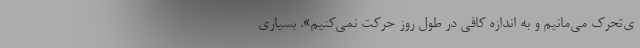
ی‌تحرک می‌مانیم و به اندازه کافی در طول روز حرکت نمی‌کنیم». بسیاری